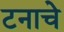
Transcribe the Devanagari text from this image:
टनाचे